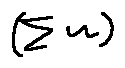
( \sum w )